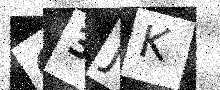
Text: O3JK